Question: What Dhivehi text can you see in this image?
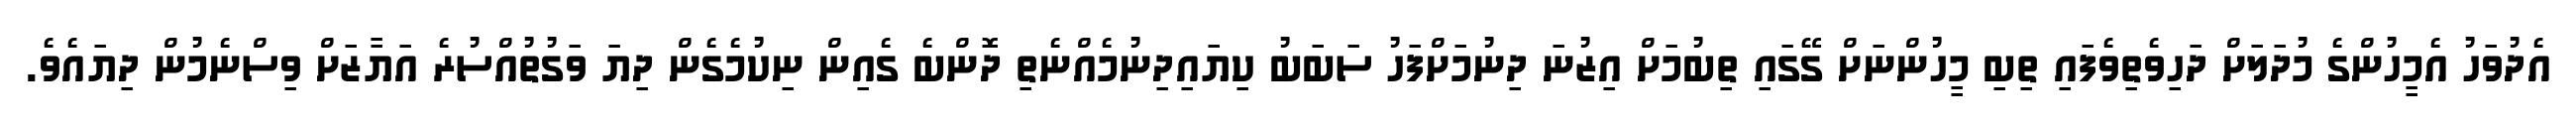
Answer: އެދުވަހު އެމީހުންގެ މުދަލަށް ދަހިވެތިވެފައި ތިބި މީހުންނަށް ގޭގައި ތިބުމަށް އިޒުނަ ދިނުމަށްފަހު ސަބަބު ކިޔައިދިނުމެއްނެތި ދޮންބެ ގެއިން ނިކުމެގެން ދިޔަ ވަގުތުއްސުރެ އަޔާޒަށް ވިސްނެމުން ދިޔައެވެ.